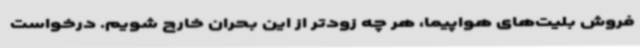
فروش بلیت‌های هواپیما، هر چه زودتر از این بحران خارج شویم. درخواست